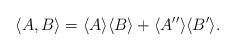
LaTeX: \begin{align*}\langle A,B\rangle =\langle A\rangle \langle B\rangle +\langle A''\rangle \langle B'\rangle .\end{align*}